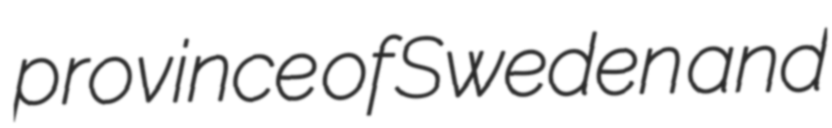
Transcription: province of Sweden and